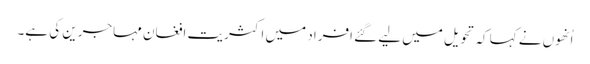
اُنھوں نے کہا کہ تحویل میں لیے گئے افراد میں اکثریت افغان مہاجرین کی ہے۔